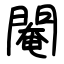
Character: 閹